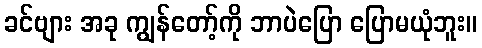
ခင်ဗျား အခု ကျွန်တော့်ကို ဘာပဲပြော ပြောမယုံဘူး။